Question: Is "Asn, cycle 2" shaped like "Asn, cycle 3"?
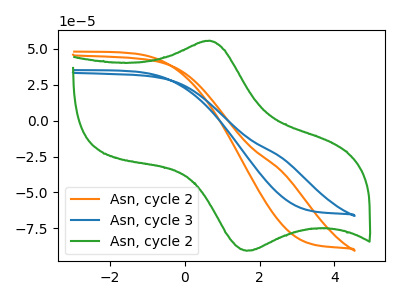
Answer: <think>The orange curve "Asn, cycle 2" has no peaks. The blue curve "Asn, cycle 3" has no peaks. The green curve "Asn, cycle 2" has an anodic peak at (0.65V, 55.65uA) and a cathodic peak at (1.65V, -90.60uA).
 Neither "Asn, cycle 2" or "Asn, cycle 3" have any peaks.</think>
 <answer>"Asn, cycle 2" and "Asn, cycle 3" are similar in shape.</answer>
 <eval>same_shape</eval>